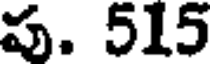
ప. 515